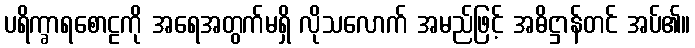
ပရိက္ခာရစောဠကို အရေအတွက်မရှိ လိုသလောက် အမည်ဖြင့် အဓိဋ္ဌာန်တင် အပ်၏။